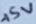
Text: +5V